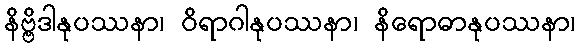
နိဗ္ဗိဒါနုပဿနာ၊ ဝိရာဂါနုပဿနာ၊ နိရောဓာနုပဿနာ၊